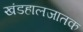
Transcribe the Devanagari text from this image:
खंडहालजातक